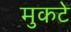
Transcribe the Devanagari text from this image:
मुकटे